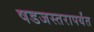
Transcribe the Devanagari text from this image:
षडजस्तरापर्यंत